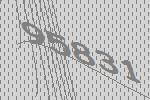
95831